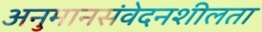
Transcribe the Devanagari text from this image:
अनुमानसंवेदनशीलता